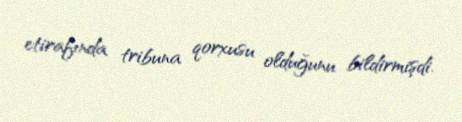
etirafında tribuna qorxusu olduğunu bildirmişdi.